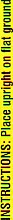
INSTRUCTIONS Place Upright on liat ground